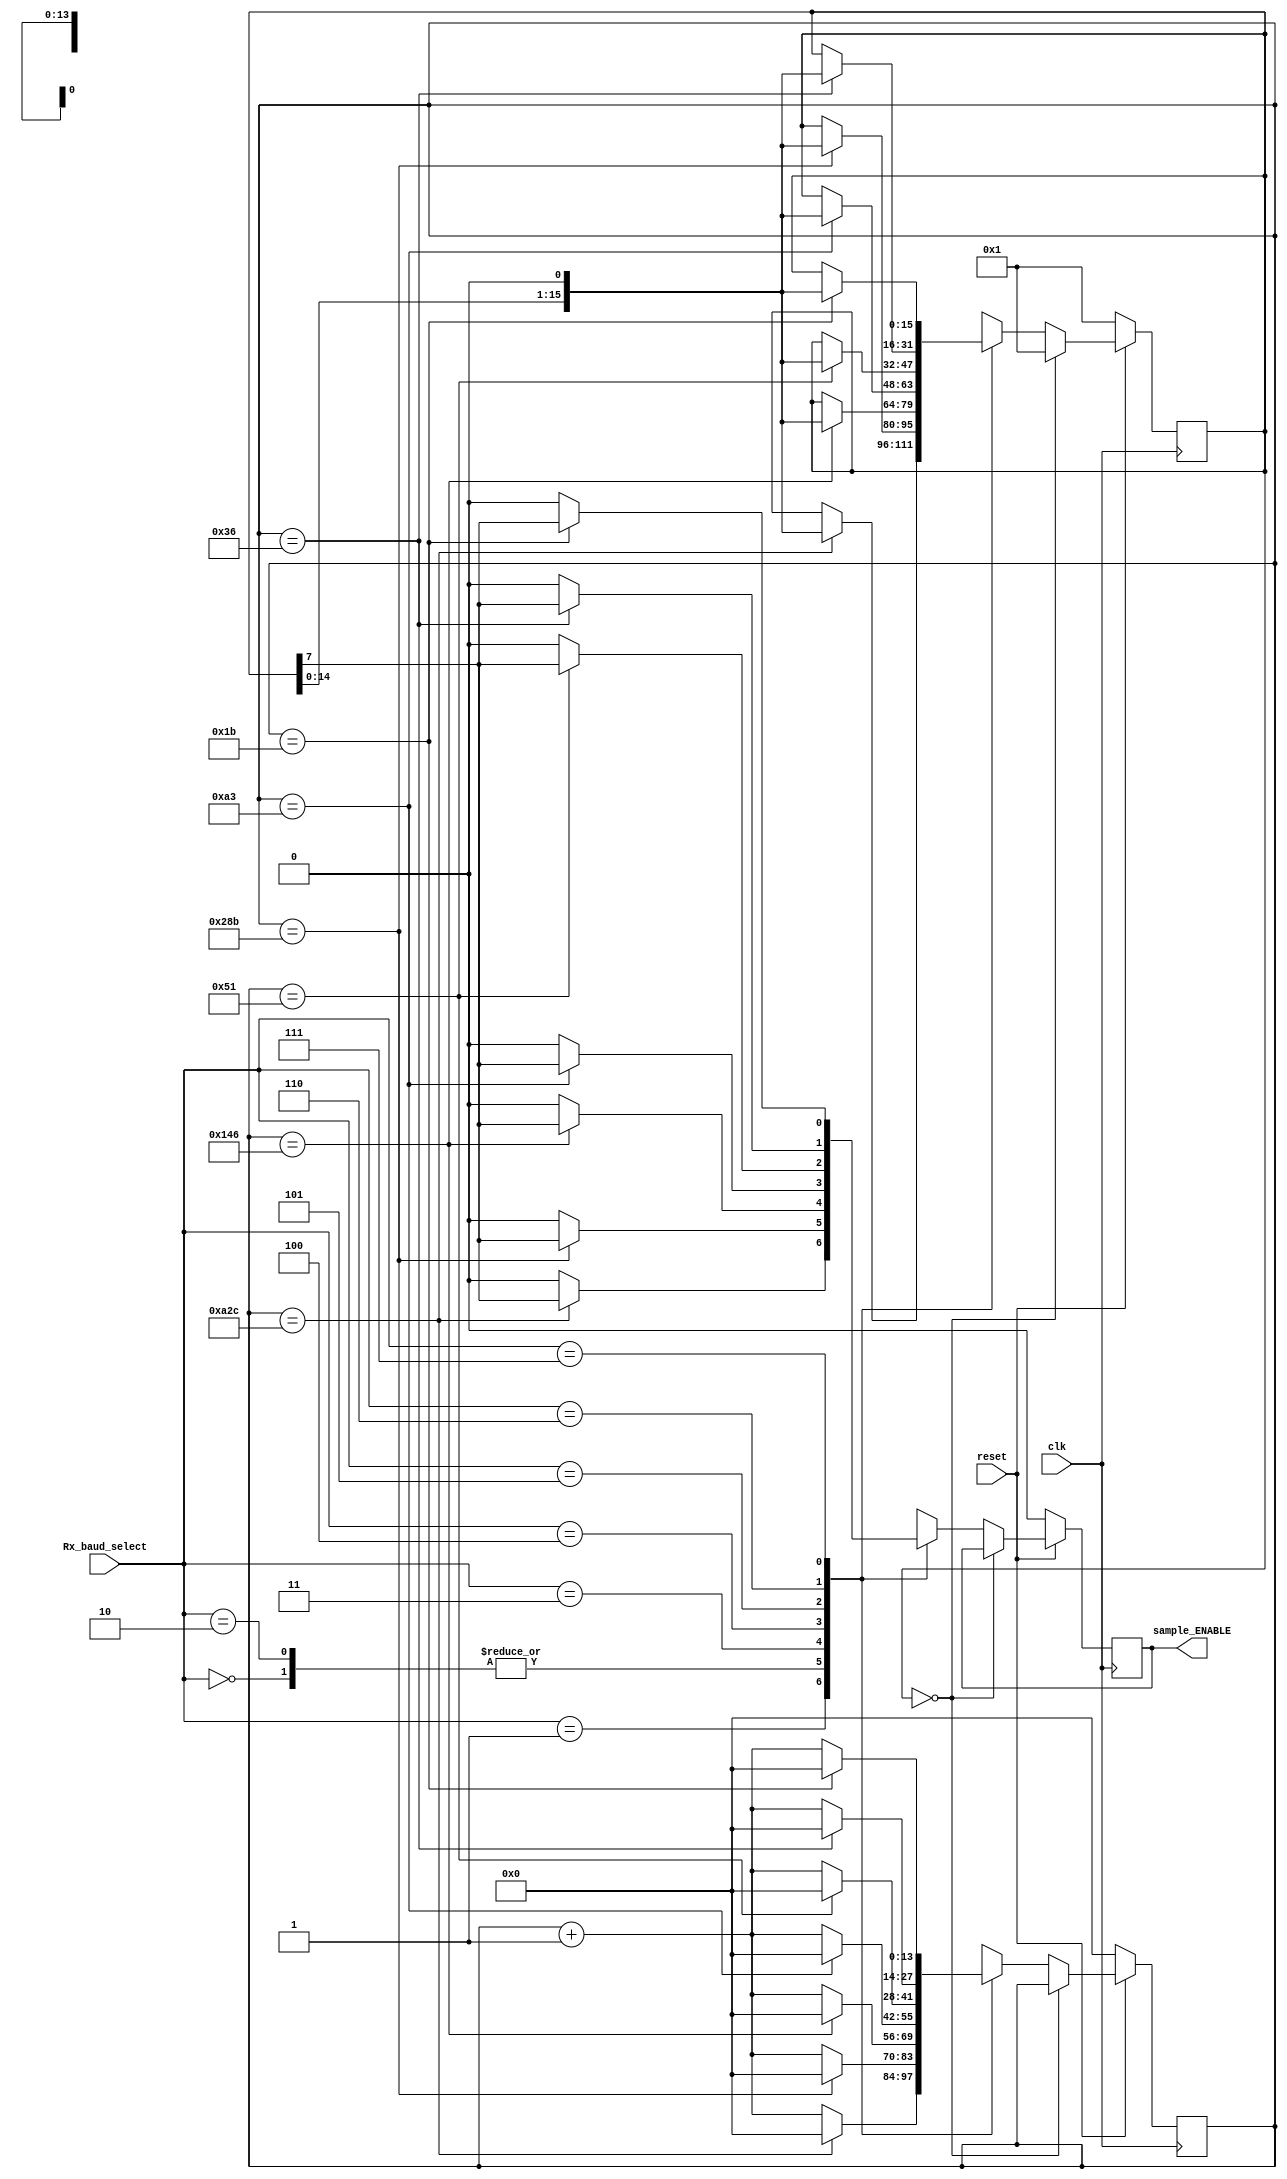
`timescale 1ns / 1ps
/*
T_sc = 1/(16 x Baud Rate)
ara
f_sc = 16 x Baud Rate
*********************
RECEIVER BAUD_CONTROL
**********************
COUNTERS(tou receiver)
000 | 50,000,000/4,800 = 10416.66(counter = 10100010110001)
001 | 50,000,000/19,200 = 2604.16(counter = 00101000101100)
010 | 50,000,000/76,800 = 651.04(counter =  00001010001011)
011 | 50,000,000/153,600 = 325.520(Counter =00000101000110)
100 | 50,000,000/307,200 = 162.76(counter = 00000010100011)
101 | 50,000,000/614,400 = 81.38(counter =  00000001010001)
110 | 50,000,000/921,600 = 54.2(counter =   00000000110110)
111 | 50,000,000/1,843,200 = 27.1(counter = 00000000011011)
Epomenws theloume metriti twn 14 bit(2^14=16384)

SFALMATA(ston poio kontino akeraio, diaforaPragmatikisTimisApoTousCounters)
000 | 0.36 panw apto kanoniko 
001 | 0.16 katw 
010 | 0.04 katw
011 | 0.48 panw
100 | 0.24 panw
101 | 0.38 katw
110 | 0.2 katw
111 | 0.1 panw 
*/





module baud_controller_receiver(
  input clk,
  input reset,
  input [2:0] Rx_baud_select,
  output reg sample_ENABLE
);

reg [13:0] counter;

/*
 -one-hot counter for number of sample. I use 3 sampling  bits,
 the 7th, 8th, 9th and when i reach the 9th bit i set enable sampling.
 -7th, 8th are saved in module the module(ReceiversSystemData)
*/
parameter SAMPLING_BIT = 4'b1000;
reg [15:0] numOfSample;


always @(posedge clk)  begin
  if (reset == 1) begin	 
	 if (numOfSample == 16'b0000_0000_0000_0000) begin//16samplesPerBit done 		
	     numOfSample = 16'b0000_0000_0000_0001;
	 end
    else begin    		
		
		case(Rx_baud_select)
	     3'b000: begin//suxnotita 4,8KHz
		    if (counter == 14'b1010001011) begin//max value
				numOfSample = numOfSample << 1;
				counter = 0;
			   sample_ENABLE = numOfSample[SAMPLING_BIT];
		    end
		    else begin
		      sample_ENABLE = 0;
			   counter = counter + 1;
		    end
		  end
	     3'b001: begin//suxnotita 19,2KHz
		    if (counter == 14'b00101000101100) begin
			   numOfSample = numOfSample << 1;
		      counter = 0;
			   sample_ENABLE = numOfSample[SAMPLING_BIT];
		    end
		    else begin
		      sample_ENABLE = 0;
			   counter = counter + 1;
		    end
		    //baud_rate = 1200;
		  end
		  3'b010: begin//syxnotita 76,8KHz
		    if (counter == 14'b00001010001011) begin
		      numOfSample = numOfSample << 1;
				counter = 0;
			   sample_ENABLE = numOfSample[SAMPLING_BIT];
		    end
		    else begin
		      sample_ENABLE = 0;
			   counter = counter + 1;
		    end
		    //baud_rate = 4800;
		  end
	     3'b011: begin//syxnotita 153,6KHz
		    if (counter == 14'b00000101000110) begin
		      numOfSample = numOfSample << 1;
				counter = 0;
			   sample_ENABLE = numOfSample[SAMPLING_BIT];
		    end
		    else begin
		      sample_ENABLE = 0;
			   counter = counter + 1;
		    end
		    //baud_rate = 9600;
		  end
		  3'b100: begin//syxnotita 307,2KHz
		    if (counter == 14'b00000010100011) begin
		      numOfSample = numOfSample << 1;
				counter = 0;
			   sample_ENABLE = numOfSample[SAMPLING_BIT];
		    end
		    else begin
		      counter = counter + 1;
		      sample_ENABLE = 0;
		    end
		    //baud_rate = 19200;
		  end
		  3'b101: begin//suxnotita 614,4KHz
		    if (counter == 14'b00000001010001) begin
		      numOfSample = numOfSample << 1;
				counter = 0;
			   sample_ENABLE = numOfSample[SAMPLING_BIT];
		    end
		    else begin
		      counter = counter + 1;
		      sample_ENABLE = 0;
		    end
		  
		    //baud_rate = 38400;
		  end
		  3'b110: begin//syxnotita 921,6 KHz
		    if (counter == 14'b00000000110110) begin
		      numOfSample = numOfSample << 1;
				counter = 0;
			   sample_ENABLE = numOfSample[SAMPLING_BIT];
		    end
		    else begin
		      counter = counter + 1;
		      sample_ENABLE = 0;
		    end
		    //baud_rate = 57600;
		  
		  end
		
		
		  3'b111: begin//syxnotita 1,843MHz
		    if (counter == 14'b00000000011011) begin
		      numOfSample = numOfSample << 1;
				counter = 0;
			   sample_ENABLE = numOfSample[SAMPLING_BIT];
		    end
		    else begin
		      counter = counter + 1;
		      sample_ENABLE = 0;
		    end
		    //baud_rate = 115200;
		  end
	   endcase		
    end 
  end	 
  else begin//reset = 0
    numOfSample = 16'b0000_0000_0000_0001;
    counter = 0;
	 sample_ENABLE = 0;
  end  
end

endmodule